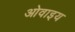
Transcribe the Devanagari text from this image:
ओवाइय